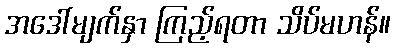
အဒေါ်မျက်နှာ ကြည့်ရတာ သိပ်မဟန်။